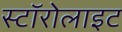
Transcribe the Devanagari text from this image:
स्टॉरोलाइट